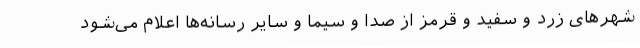
شهرهای زرد و سفید و قرمز از صدا و سیما و سایر رسانه‌ها اعلام می‌شود